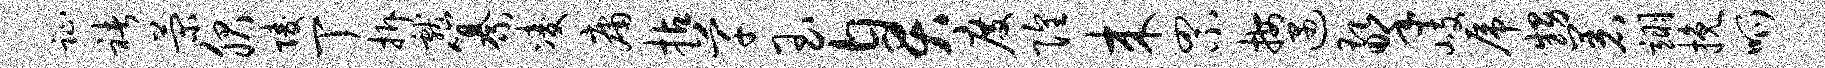
趾褚菊服陵丁拆献纂凌庸拈芊玉臭度隍来罘按遇擎岐虎甥着翊挽呱